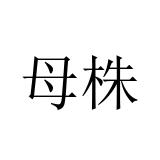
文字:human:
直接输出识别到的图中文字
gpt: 母株